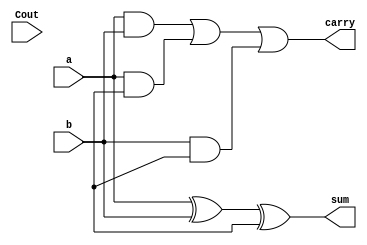
`timescale 1ns / 1ps


module full_adder_st(
    output sum,carry,
    input a,b,Cout
    );
wire w1,w2,w3;

xor x1(sum,a,b,cin);
and a1(w1,a,b),
    a2(w2,a,cin),
    a3(w3,b,cin);                                            
or o1(carry,w1,w2,w3);
endmodule